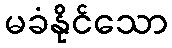
မခံနိုင်သော